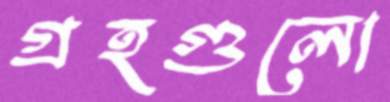
গ্রহগুলো